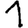
Digit: 1